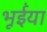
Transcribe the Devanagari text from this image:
भूईंया